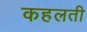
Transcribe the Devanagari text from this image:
कहलती